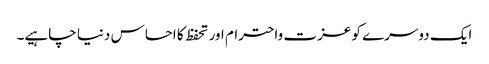
ایک دوسرے کو عزت واحترام اور تحفظ کا احساس دنیا چاہیے۔